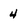
Character: 4